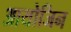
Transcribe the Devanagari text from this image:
आयोजिन